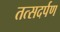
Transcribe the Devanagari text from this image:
तत्सदर्पण